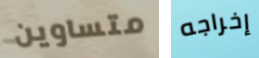
متساوين إخراجه